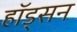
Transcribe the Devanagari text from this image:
हॉड्सन